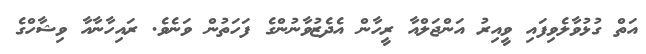
އަތް ގުޅުވާލެވިފައި ވީއިރު އަންޖަލްއާ ރީހާން އެދެޒުވާނުންގެ ފަހަތުން ވަނެވެ. ރައިހާާނާއާ ވިޝާހްގެ